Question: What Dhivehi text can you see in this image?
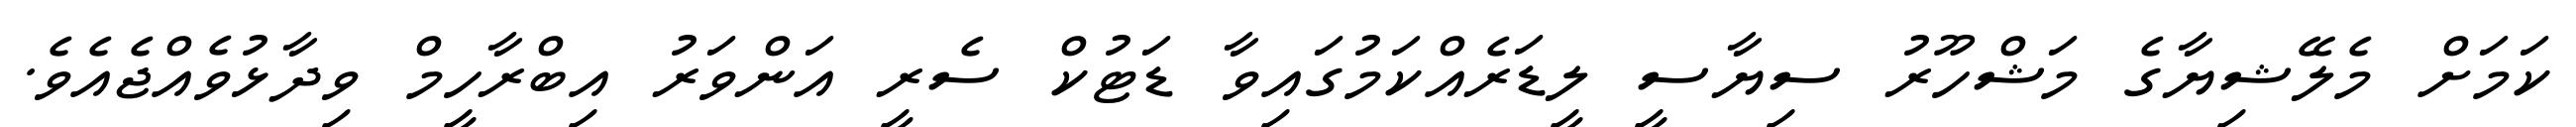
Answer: ކަމަށް މެލޭޝިޔާގެ މަޝްހޫރު ސިޔާސީ ލީޑަރެއްކަމުގައިވާ ޑަޓުކް ސެރީ އަންވަރު އިބްރާހީމް ވިދާޅުވެއްޖެއެވެ.